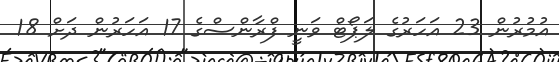
އުމުރުން 23 އަހަރުގެ ލަޕޯޓް ވަނީ ފްރާންސްގެ 17 އަހަރުން ދަށް 18